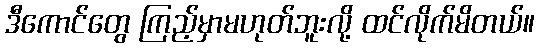
ဒီကောင်တွေ ကြည့်မှာမဟုတ်ဘူးလို့ ထင်လိုက်မိတယ်။